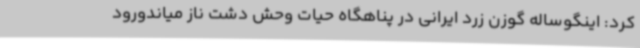
کرد: اینگوساله گوزن زرد ایرانی در پناهگاه حیات وحش دشت ناز میاندورود